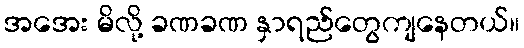
အအေး မိလို့ ခဏခဏ နှာရည်တွေကျနေတယ်။